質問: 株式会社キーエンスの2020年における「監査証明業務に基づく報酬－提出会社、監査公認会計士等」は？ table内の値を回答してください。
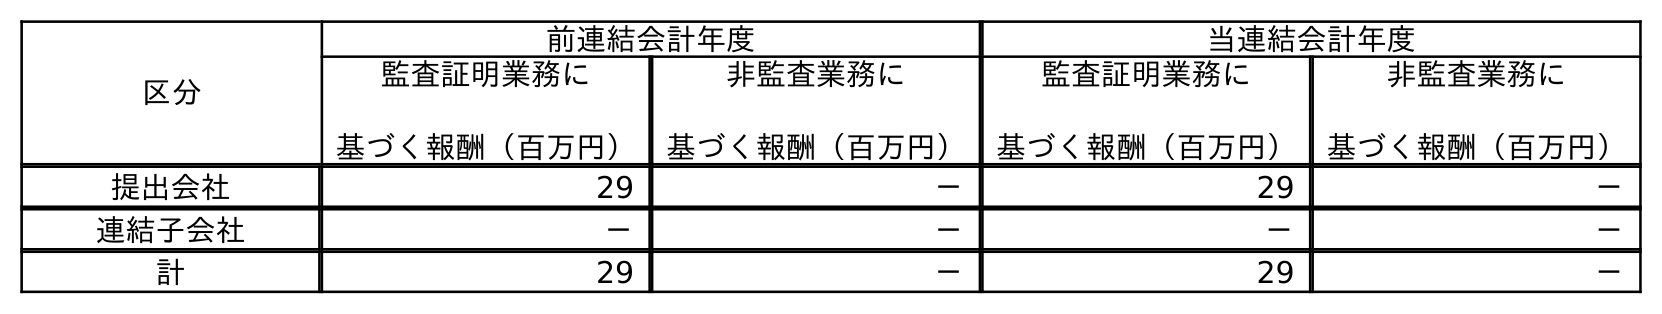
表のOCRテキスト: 区分 前連結会計年度 当連結会計年度 監査証明業務に 基づく報酬（百万円） 非監査業務に 基づく報酬（百万円） 監査証明業務に 基づく報酬（百万円） 非監査業務に 基づく報酬（百万円） 提出会社 29 － 29 － 連結子会社 － － － － 計 29 － 29 －
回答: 29